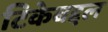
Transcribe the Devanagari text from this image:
टिकेबद्दल